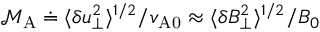
\mathcal { M } _ { \mathrm { A } } \doteq \langle \delta u _ { \perp } ^ { 2 } \rangle ^ { 1 / 2 } / v _ { \mathrm { A 0 } } \approx \langle \delta B _ { \perp } ^ { 2 } \rangle ^ { 1 / 2 } / B _ { 0 }